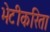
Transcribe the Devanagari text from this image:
भेटीकरिता